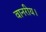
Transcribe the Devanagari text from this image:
वानरीय।